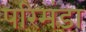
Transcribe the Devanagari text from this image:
परिमंडा